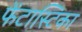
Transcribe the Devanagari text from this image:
फेंटास्टिका